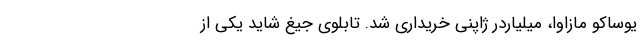
یوساکو مازاوا، میلیاردر ژاپنی خریداری شد. تابلوی جیغ شاید یکی از